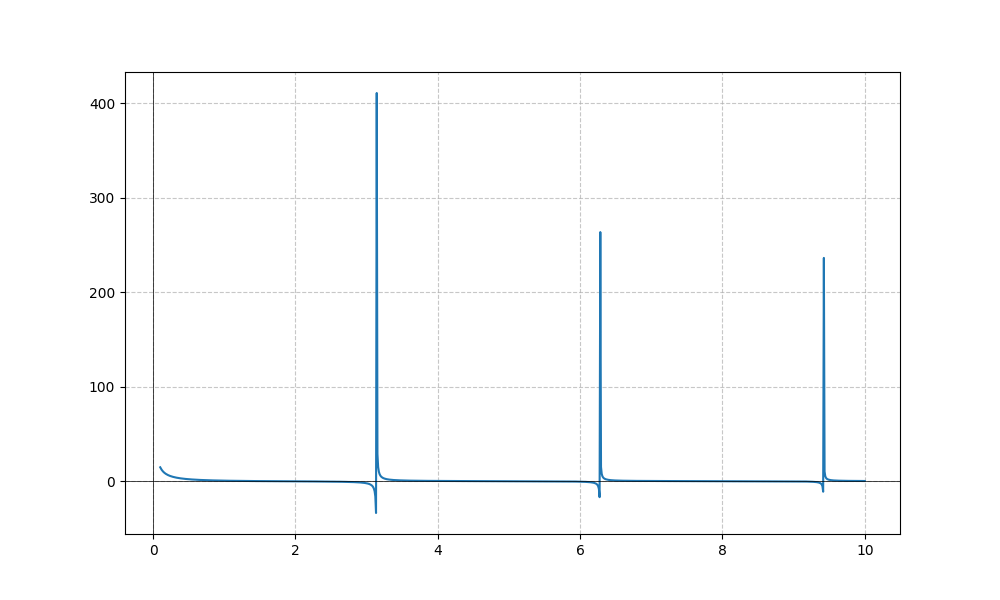
LaTeX formula: \cot{\left(x \right)} \operatorname{acot}{\left(x \right)}